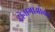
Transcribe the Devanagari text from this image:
दोनागाओकर